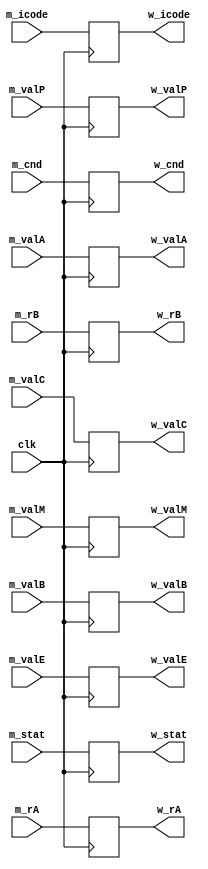
module w_reg(
  clk,
  m_stat,m_icode,m_rA,m_rB,m_valC,m_valP,m_valA,m_valB,m_cnd,m_valE,m_valM,
  w_stat,w_icode,w_rA,w_rB,w_valC,w_valP,w_valA,w_valB,w_cnd,w_valE,w_valM
);  
  input clk;
  
  input [2:0]  m_stat;
  input [3:0]  m_icode;
  input [3:0]  m_rA;
  input [3:0]  m_rB;
  input [63:0] m_valC;
  input [63:0] m_valP;
  input [63:0] m_valA;
  input [63:0] m_valB;
  input        m_cnd;
  input [63:0] m_valE;
  input [63:0] m_valM;

  output reg [2:0]  w_stat;
  output reg [3:0]  w_icode;
  output reg [3:0]  w_rA;
  output reg [3:0]  w_rB;
  output reg [63:0] w_valC;
  output reg [63:0] w_valP;
  output reg [63:0] w_valA;
  output reg [63:0] w_valB;
  output reg        w_cnd;
  output reg [63:0] w_valE;
  output reg [63:0] w_valM;

  always@(posedge clk)
  begin
    w_stat    <=   m_stat;
    w_icode   <=   m_icode;
    w_rA      <=   m_rA;
    w_rB      <=   m_rB;
    w_valC    <=   m_valC;
    w_valP    <=   m_valP;
    w_valA    <=   m_valA;
    w_valB    <=   m_valB;
    w_cnd     <=   m_cnd;
    w_valE    <=   m_valE;
    w_valM    <=   m_valM;
  end
endmodule